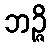
ဘဉ္ဇိ